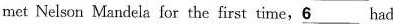
met Nelson Mandela for the first time,\underline{6}had